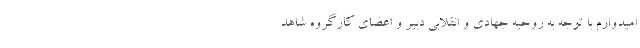
امیدوارم با توجه به روحیه جهادی و انقلابی دبیر و اعضای کارگروه شاهد